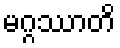
မဂ္ဂဿာတိ